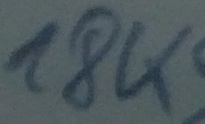
Text: 18K